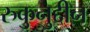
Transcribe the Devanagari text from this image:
रुकुनुद्दीन